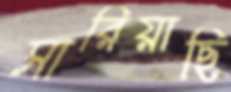
সারিয়াছি